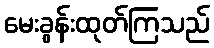
မေးခွန်းထုတ်ကြသည်